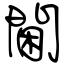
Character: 閫